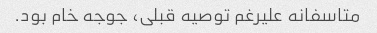
متاسفانه علیرغم توصیه قبلی، جوجه خام بود.